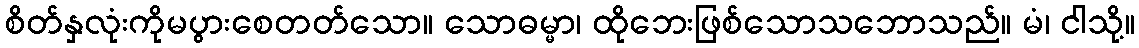
စိတ်နှလုံးကိုမပွားစေတတ်သော။ သောဓမ္မာ၊ ထိုဘေးဖြစ်သောသဘောသည်။ မံ၊ ငါသို့။